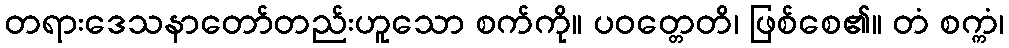
တရားဒေသနာတော်တည်းဟူသော စက်ကို။ ပဝတ္တေတိ၊ ဖြစ်စေ၏။ တံ စက္ကံ၊